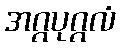
အဂ္ဂပုဂ္ဂလံ